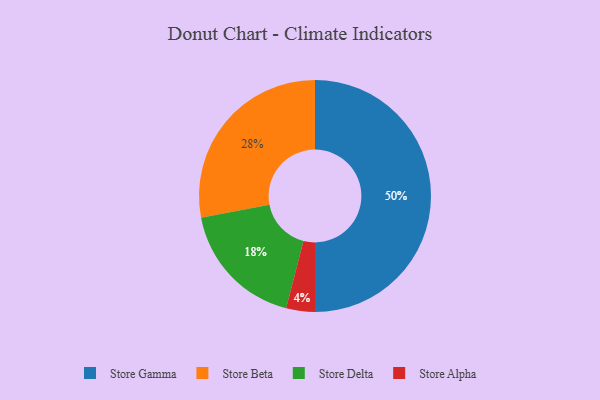
{"axis": {"x": "Category", "y": "Percentage"}, "legend": ["Store Alpha", "Store Beta", "Store Delta", "Store Gamma"], "data": [{"x": "Store Alpha", "y": 4, "type": "Store Alpha"}, {"x": "Store Gamma", "y": 50, "type": "Store Gamma"}, {"x": "Store Delta", "y": 18, "type": "Store Delta"}, {"x": "Store Beta", "y": 28, "type": "Store Beta"}]}